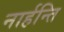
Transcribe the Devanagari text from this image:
नार्हन्ति